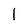
Character: 1